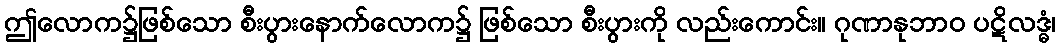
ဤလောက၌ဖြစ်သော စီးပွားနောက်လောက၌ ဖြစ်သော စီးပွားကို လည်းကောင်း။ ဂုဏာနုဘာဝ ပဋိလဒ္ဓံ၊